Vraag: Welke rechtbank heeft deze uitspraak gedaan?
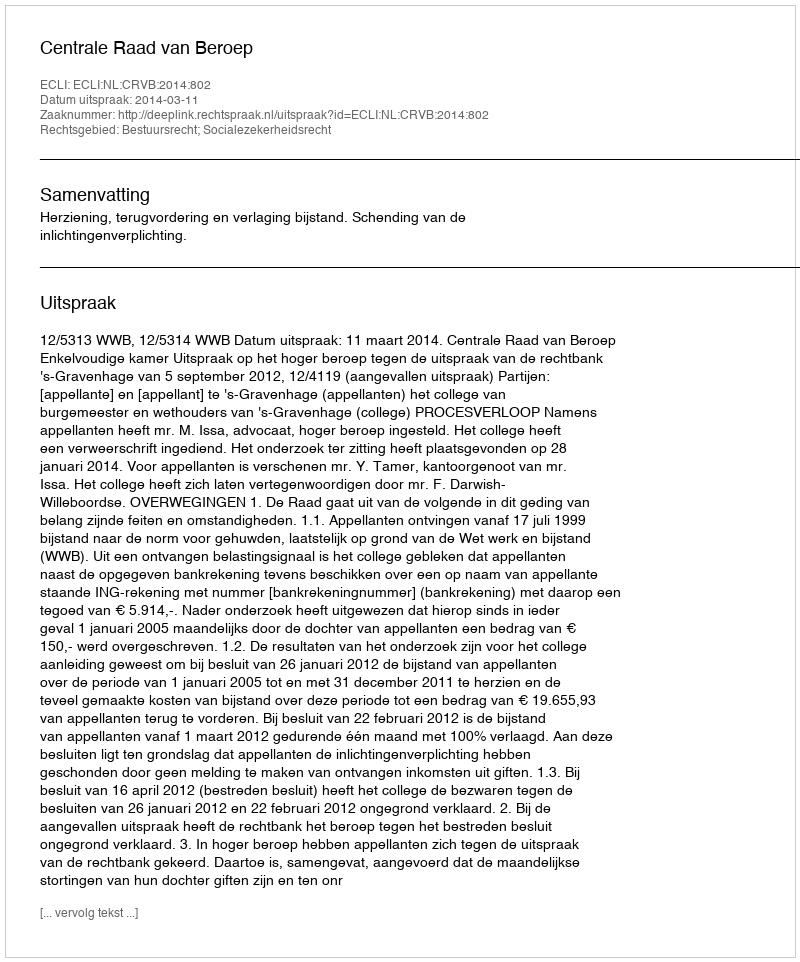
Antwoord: Centrale Raad van Beroep